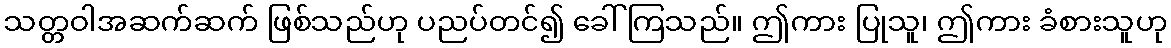
သတ္တဝါအဆက်ဆက် ဖြစ်သည်ဟု ပညပ်တင်၍ ခေါ်ကြသည်။ ဤကား ပြုသူ၊ ဤကား ခံစားသူဟု